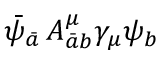
\bar { \psi } _ { \bar { a } } \, A _ { \bar { a } b } ^ { \mu } \gamma _ { \mu } \psi _ { b }